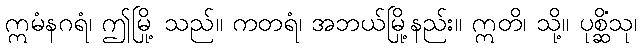
ဣမံနဂရံ၊ ဤမြို့ သည်။ ကတရံ၊ အဘယ်မြို့နည်း။ ဣတိ၊ သို့။ ပုစ္ဆိံသု၊